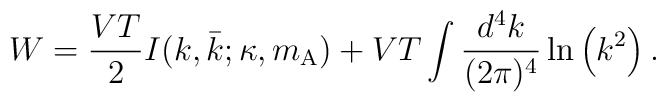
W    =    \frac{V T}{2}    I ( k , \bar{k} ; \kappa , m _{\mathrm{A}} )    +    V T    \int \frac{d^4k}{(2\pi)^4}        \ln        \left(            k ^{2}        \right)    .